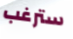
سترغب